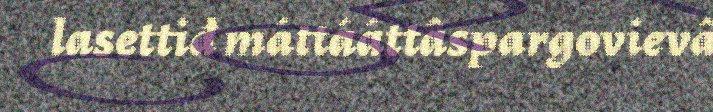
lasettiđ máttááttâspargovievâ